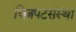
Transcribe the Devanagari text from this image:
चित्रपटसंस्था